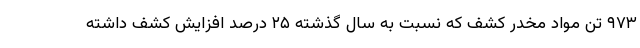
۹۷۳ تن مواد مخدر کشف که نسبت به سال گذشته ۲۵ درصد افزایش کشف داشته